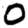
Digit: 0